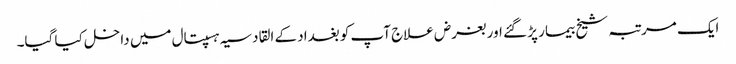
ایک مرتبہ شیخ بیمار پڑ گئے اور بغرض علاج آپ کو بغداد کے القادسیہ ہسپتال میں داخل کیا گیا۔